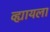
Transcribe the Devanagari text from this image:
व्ह्यायला